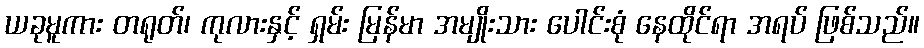
ယခုမူကား တရုတ်၊ ကုလားနှင့် ရှမ်း မြန်မာ အမျိုးသား ပေါင်းစုံ နေထိုင်ရာ အရပ် ဖြစ်သည်။